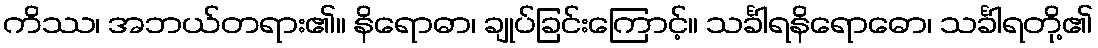
ကိဿ၊ အဘယ်တရား၏။ နိရောဓာ၊ ချုပ်ခြင်းကြောင့်။ သင်္ခါရနိရောဓော၊ သင်္ခါရတို့၏